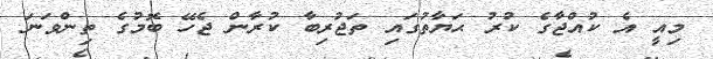
މިއީ އެ ކުއްޖާގެ ކުރު ޙަޔާތުގައި ތަޖުރިބާ ކުރާން ޖެހޭ ބޮމުގެ ތިންވަނަ